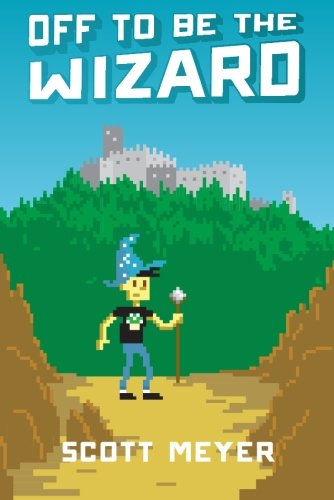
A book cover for Off to Be the Wizard (Magic 2.0); Scott Meyer; Literature & Fiction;